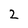
Character: 2